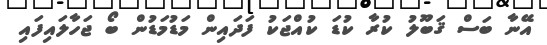
އޭނާ ބަސް ޤަބޫލު ކުރާ ކުޑަ ކުއްޖަކު ފަދައިން މަޑުމަޑުން ބޯ ޖަހާލައިފައި